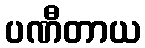
ပဏီတာယ